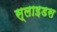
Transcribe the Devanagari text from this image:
स्‍लाइडस